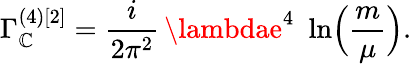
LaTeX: \Gamma_{\mathbb{C}}^{(4)[2]}=\frac{{i}}{{2\pi^{2}}}\, \lambdae^{4}\, \, \ln\Bigl(\frac{{m}}{{\mu}}\Bigr).